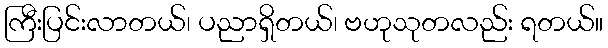
ကြီးပြင်းလာတယ်၊ ပညာရှိတယ်၊ ဗဟုသုတလည်း ရတယ်။